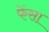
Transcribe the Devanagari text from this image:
फेंसा